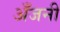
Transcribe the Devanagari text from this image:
अँजनी